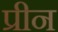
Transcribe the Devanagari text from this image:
प्रीन